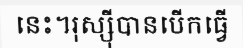
នេះ។រុស្ស៊ីបានបើកធ្វើ